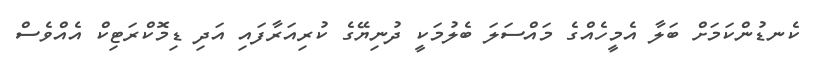
ކެނޑުންކަމަށް ބަލާ އެމީހެއްގެ މައްސަލަ ބެލުމަކީ ދުނިޔޭގެ ކުރިއަރާފައި އަދި ޑިމޮކްރަޓިިކް އެއްވެސް